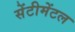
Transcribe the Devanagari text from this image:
सेंटीमेंटल